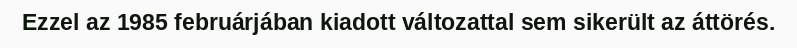
Ezzel az 1985 februárjában kiadott változattal sem sikerült az áttörés.